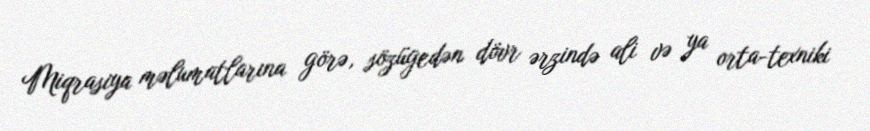
Miqrasiya məlumatlarına görə, sözügedən dövr ərzində ali və ya orta-texniki